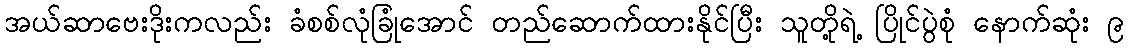
အယ်ဆာဗေးဒိုးကလည်း ခံစစ်လုံခြုံအောင် တည်ဆောက်ထားနိုင်ပြီး သူတို့ရဲ့ ပြိုင်ပွဲစုံ နောက်ဆုံး ၉